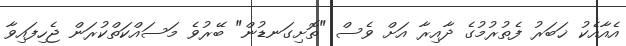
އެއާއެކު ޚަބަރު ފެތުރުމުގެ ދާއިރާ އަށް ވެސް "ތޮށިގަނޑުން" ބޭރުވެ މަސައްކަތްކުރަން ޖެހިފައިވާ